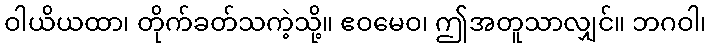
ဝါယိယထာ၊ တိုက်ခတ်သကဲ့သို့။ ဧဝမေဝ၊ ဤအတူသာလျှင်။ ဘဂဝါ၊